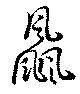
飍